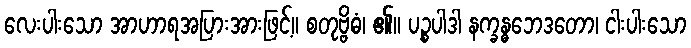
လေးပါးသော အာဟာရအပြားအားဖြင့်။ စတုဗ္ဗိဓံ၊ ၏။ ပဉ္စပါဒါ နက္ခန္ဓဘေဒတော၊ ငါးပါးသော